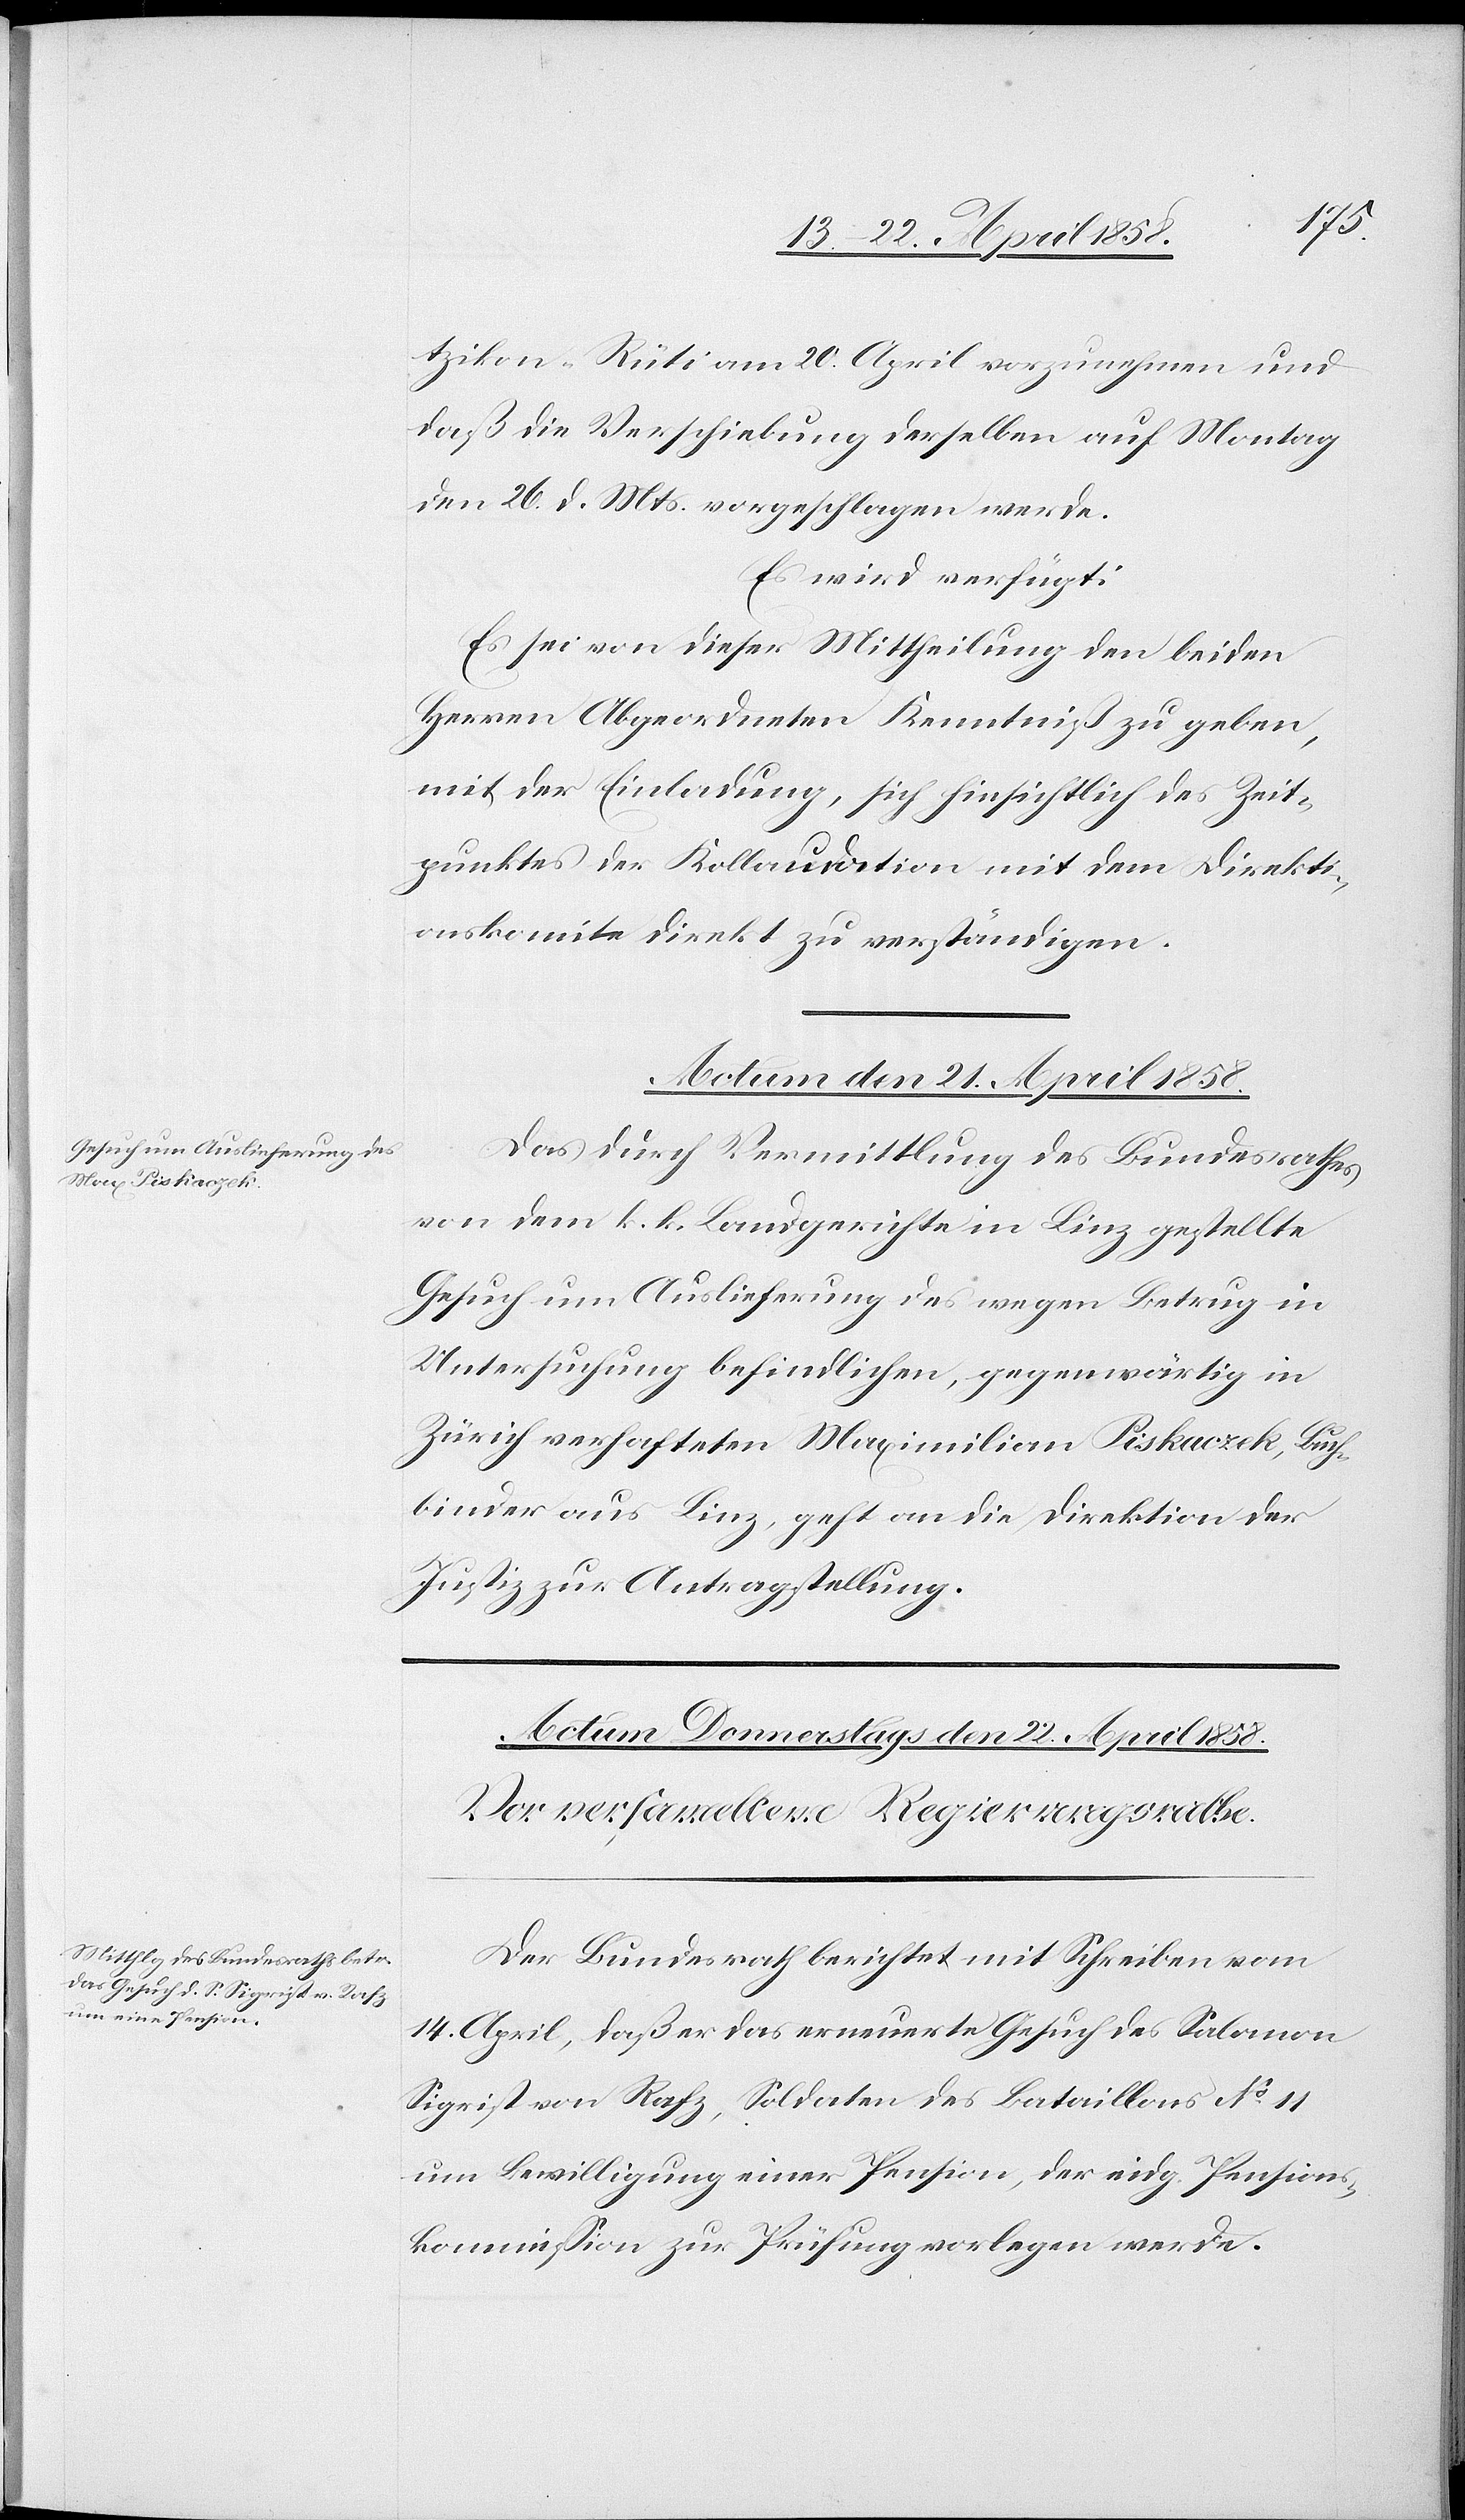
tzikon–Rüti am 20. April vorzunehmen und
daß die Verschiebung derselben auf Montag
den 26. d. Mts. vorgeschlagen werde.
Es wird verfügt:
Es sei von dieser Mittheilung den beiden
Herren Abgeordneten Kenntniß zu geben,
mit der Einladung, sich hinsichtlich des Zeit¬
punktes der Kollaudation mit dem Direkti¬
onskomite direkt zu verständigen.
Actum den 21. April 1858.
Das durch Vermittlung des Bundesrathes
von dem k. k. Landgerichte in Linz gestellte
Gesuch um Auslieferung des wegen Betrug in
Untersuchung befindlichen, gegenwärtig in
Zürich verhafteten Maximilian Piskaczek, Buch¬
binder aus Linz, geht an die Direktion der
Justiz zur Antragstellung.
Der Bundesrath berichtet mit Schreiben vom
14. April, daß er das erneuerte Gesuch des Salomon
Sigrist von Rafz, Soldaten des Bataillons No 11
um Bewilligung einer Pension, der eidg. Pensions¬
kommission zur Prüfung vorlegen werde.